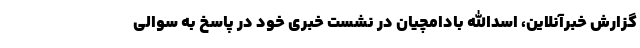
گزارش خبرآنلاین، اسدالله بادامچیان در نشست خبری خود در پاسخ به سوالی